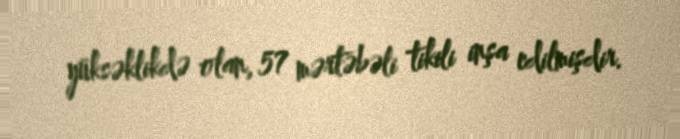
yüksəklikdə olan, 57 mərtəbəli tikili inşa edilmişdir.